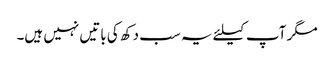
مگر آپ کیلئے یہ سب دکھ کی باتیں نہیں ہیں۔